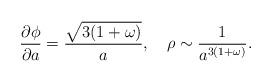
LaTeX: \begin{align*}\frac{\partial \phi}{\partial a}= \frac{\sqrt {3(1+\omega)}}{a},~~~\rho \sim \frac{1}{a^{3(1+\omega)}}.\end{align*}